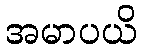
အမာပယိ